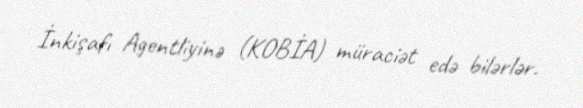
İnkişafı Agentliyinə (KOBİA) müraciət edə bilərlər.